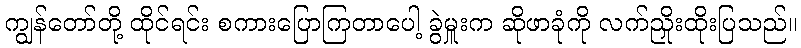
ကျွန်တော်တို့ ထိုင်ရင်း စကားပြောကြတာပေါ့ ခွဲမှူးက ဆိုဖာခုံကို လက်ညှိုးထိုးပြသည်။